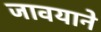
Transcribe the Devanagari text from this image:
जावयाने